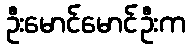
ဦးမောင်မောင်ဦးက